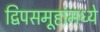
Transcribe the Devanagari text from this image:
द्विपसमूहांमध्ये